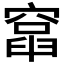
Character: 𥨈